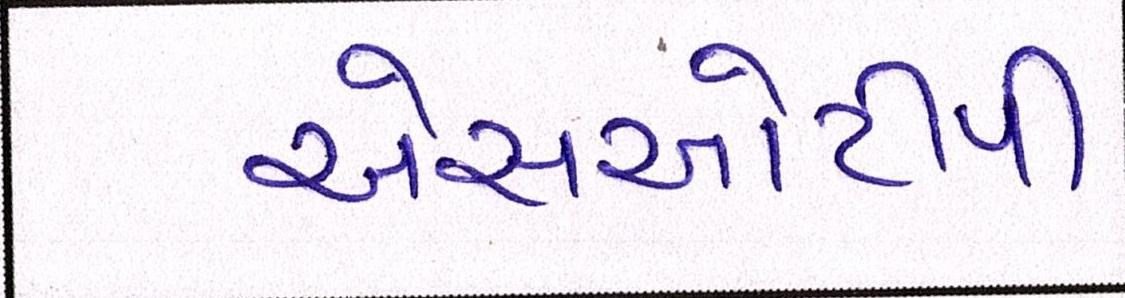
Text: એસઓટીપી